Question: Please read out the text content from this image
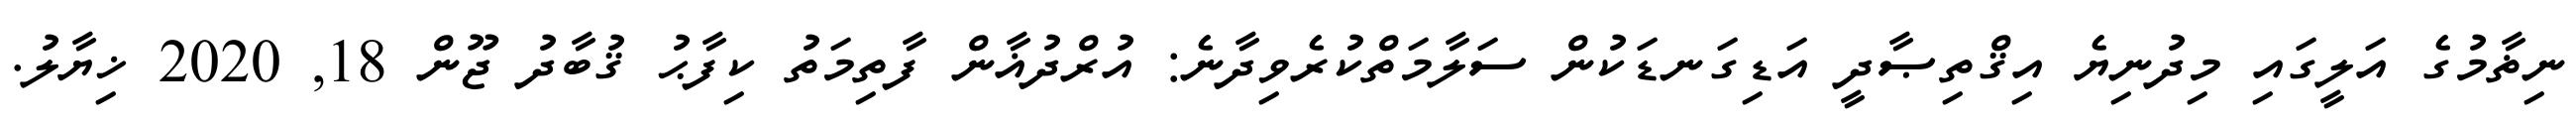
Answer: ނިޡާމުގެ އަލީގައި މިދުނިޔެ އިޤްތިޞާދީ އަޑިގަނޑަކުން ސަލާމަތްކުރެވިދާނެ: އުރްދުޣާން ފާތިމަތު ކިފާޙު ޤުބާދު ޖޫން 18, 2020 ޚިޔާލު.